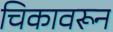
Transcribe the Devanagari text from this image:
चिकावरून